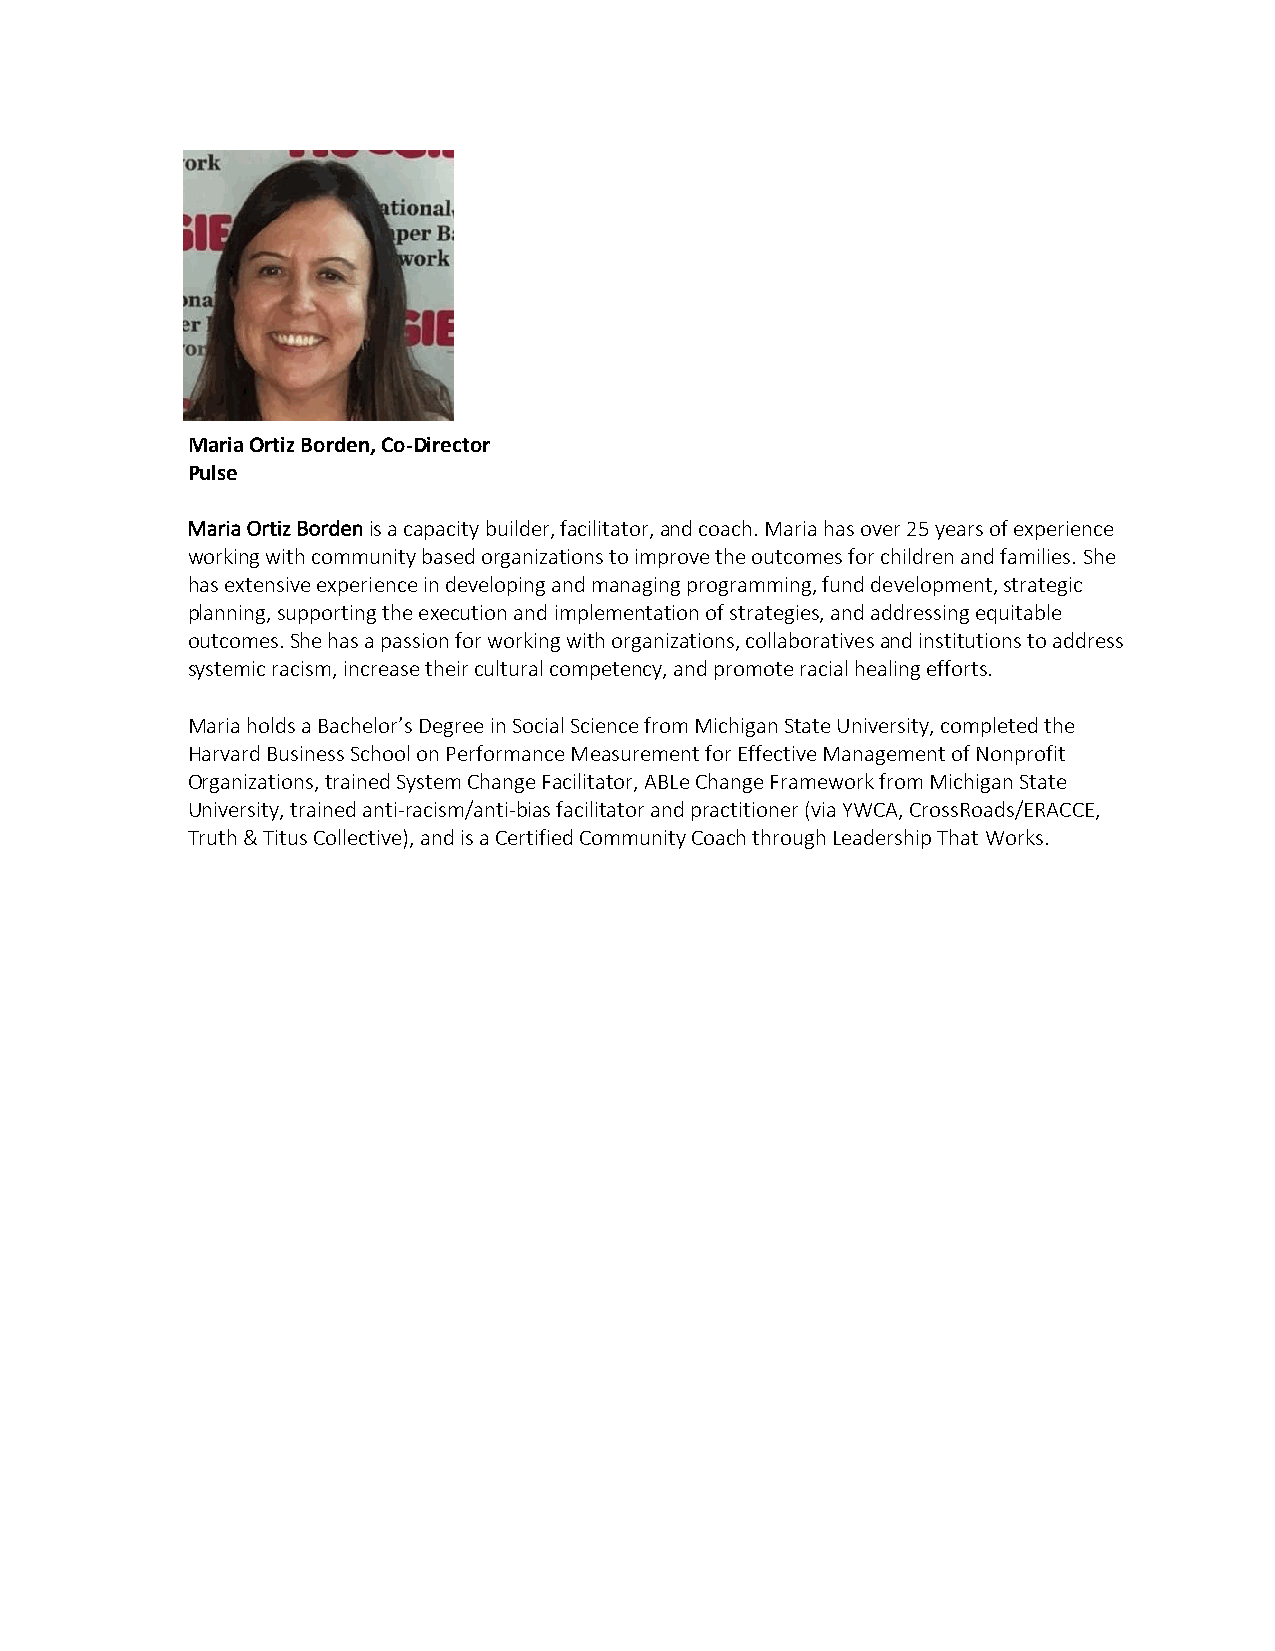
Maria Ortiz Borden, Co-Director
 Pulse
 Maria Ortiz Borden is a capacity builder, facilitator, and coach. Maria has over 25 years of experience
 working with community based organizations to improve the outcomes for children and families. She
 has extensive experience in developing and managing programming, fund development, strategic
 planning, supporting the execution and implementation of strategies, and addressing equitable
 outcomes. She has a passion for working with organizations, collaboratives and institutions to address
 systemic racism, increase their cultural competency, and promote racial healing efforts.
 Maria holds a Bachelor’s Degree in Social Science from Michigan State University, completed the
 Harvard Business School on Performance Measurement for Effective Management of Nonprofit
 Organizations, trained System Change Facilitator, ABLe Change Framework from Michigan State
 University, trained anti-racism/anti-bias facilitator and practitioner (via YWCA, CrossRoads/ERACCE,
 Truth & Titus Collective), and is a Certified Community Coach through Leadership That Works.